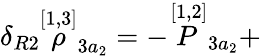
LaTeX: \delta_{R2}\stackrel{[1,3]}{\rho}_{3a_{2}}=-\stackrel{[1,2]}{P}_{3a_{2}}+